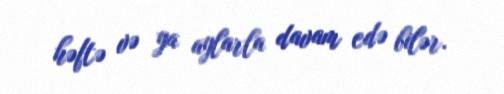
həftə və ya aylarla davam edə bilər.